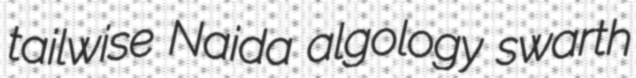
tailwise Naida algology swarth